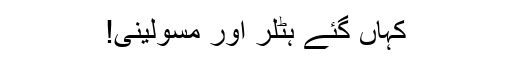
کہاں گئے ہٹلر اور مسولینی!